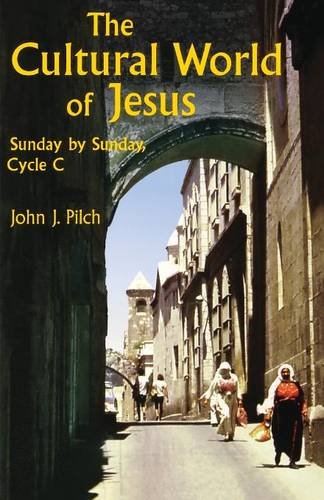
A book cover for The Cultural World of Jesus: Sunday by Sunday, Cycle C; John J. Pilch; Christian Books & Bibles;